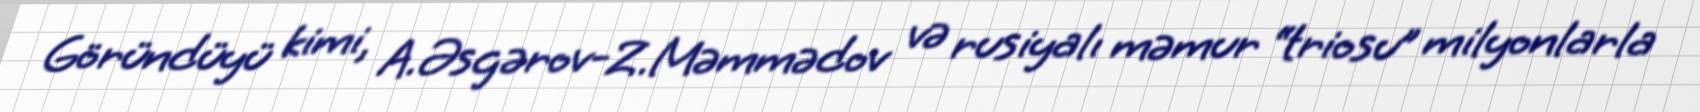
Göründüyü kimi, A.Əsgərov-Z.Məmmədov və rusiyalı məmur “triosu” milyonlarla